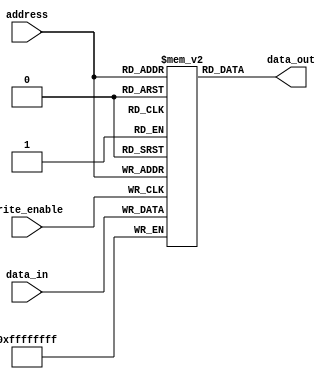
module memory_blocks(
  input wire [7:0] address,
  input wire [31:0] data_in,
  input wire write_enable,
  output reg [31:0] data_out
);

reg [31:0] memory_block [255:0];

always @(posedge write_enable) begin
  memory_block[address] <= data_in;
end

always @(address) begin
  data_out <= memory_block[address];
end

endmodule